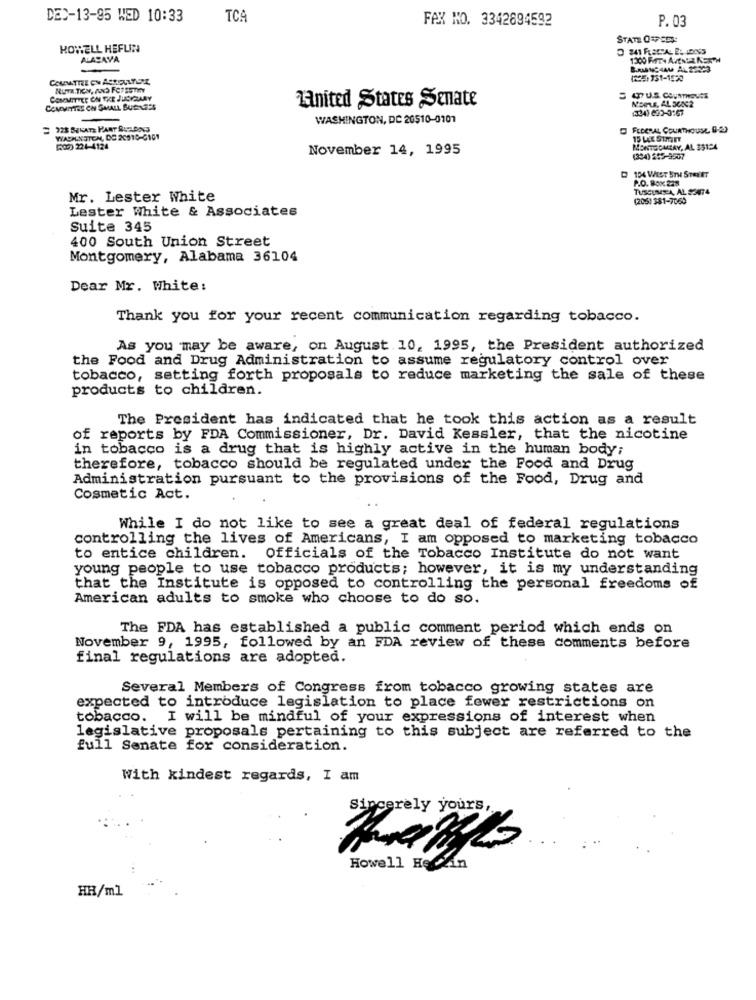
DED-13-95 WED 10:33
TCA
FAX HO. 3342894592
P. 03
STATE OFFEEL
HOWELL HEFUN
ALASAYA
1300 FIFTH AVENUE NORTH
BRANCHAU AL 26323
1225)331-1520
NUTR.TICH, AS FC7 25THY
Enited States Senate
47 U.S. COURTHOUSE
MOPLE, AL 300C2
COMMITTEE ON SMALL BUSINESS
(334) 620-3167
WASHINGTON, DC 20510-0101
FEDERAL COURTHOUSE 0-2
WADPLNSTEM, DO 20910-0101
15 LE SIMET
(58) 224-4124
November 14, 1995
MONTECARLAY, AL 35124
(354) 245-9507
104 WIST 5TH STREET
P.O. Box 238
TUSCUMEA, AL S3474
Mr. Lester White
(205) 381-7065
Lester White & Associates
Suite 345
400 South Union Street
Montgomery, Alabama 36104
Dear Mr. White:
Thank you for your recent communication regarding tobacco.
As you may be aware, on August 10, 1995, the President authorized
the Food and Drug Administration to assume regulatory control over
tobacco, setting forth proposals to reduce marketing the sale of these
products to children.
The President has indicated that he took this action as a result
of reports by FDA Commissioner, Dr. David Kessler, that the nicotine
in tobacco is a drug that is highly active in the human body;
therefore, tobacco should be regulated under the Food and Drug
Administration pursuant to the provisions of the Food, Drug and
Cosmetic Act.
While I do not like to see a great deal of federal regulations
controlling the lives of Americans, I am opposed to marketing tobacco
to entice children. Officials of the Tobacco Institute do not want
young people to use tobacco products; however, it is my understanding
that the Institute is opposed to controlling the personal freedoms of
American adults to smoke who choose to do so.
The FDA has established a public comment period which ends on
November 9, 1995, followed by an FDA review of these comments before
final regulations are adopted.
Several Members of Congress from tobacco growing states are
expected to introduce legislation to place fewer restrictions on
tobacco. I will be mindful of your expressions of interest when
legislative proposals pertaining to this subject are referred to the
full Senate for consideration.
With kindest regards, I am
Sincerely yours,
Howell Heckin
HR/ml